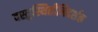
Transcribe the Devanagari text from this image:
वस्तुस्थितीनिदर्शक